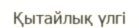
Қытайлық үлгі